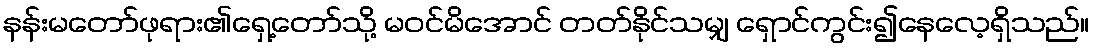
နန်းမတော်ဖုရား၏ရှေ့တော်သို့ မဝင်မိအောင် တတ်နိုင်သမျှ ရှောင်ကွင်း၍နေလေ့ရှိသည်။